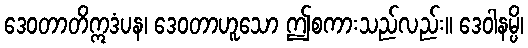
ဒေဝတာတိဣဒံပန၊ ဒေဝတာဟူသော ဤစကားသည်လည်း။ ဒေဝါနမ္ပိ၊